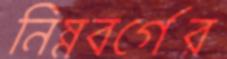
নিম্নবর্গের